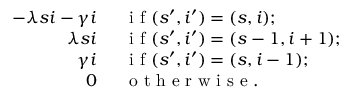
\begin{array} { r l } { - \lambda s i - \gamma i \; \; } & { { } \mathrm { ~ i ~ f ~ } ( s ^ { \prime } , i ^ { \prime } ) = ( s , i ) ; } \\ { \lambda s i \; \; } & { { } \mathrm { ~ i ~ f ~ } ( s ^ { \prime } , i ^ { \prime } ) = ( s - 1 , i + 1 ) ; } \\ { \gamma i \; \; } & { { } \mathrm { ~ i ~ f ~ } ( s ^ { \prime } , i ^ { \prime } ) = ( s , i - 1 ) ; } \\ { 0 \; \; } & { { } \mathrm { ~ o ~ t ~ h ~ e ~ r ~ w ~ i ~ s ~ e ~ . ~ } } \end{array}